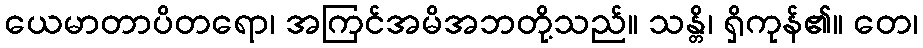
ယေမာတာပိတရော၊ အကြင်အမိအဘတို့သည်။ သန္တိ၊ ရှိကုန်၏။ တေ၊